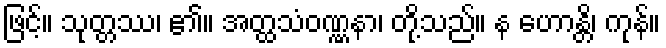
ဖြင့်။ သုတ္တဿ၊ ၏။ အတ္ထသံဝဏ္ဏနာ၊ တို့သည်။ န ဟောန္တိ၊ ကုန်။